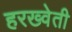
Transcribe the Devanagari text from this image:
हरख्वेती